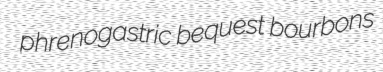
phrenogastric bequest bourbons